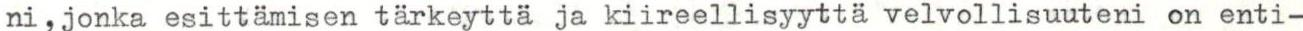
ni,jonka esittämisen tärkeyttä ja kiireellisyyttä velvollisuuteni on enti-